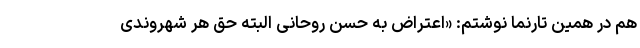
هم در همین تارنما نوشتم: «اعتراض به حسن روحانی البته حق هر شهروندی